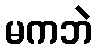
မကဘဲ